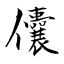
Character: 儾